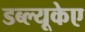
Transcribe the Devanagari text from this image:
डब्ल्यूकेए